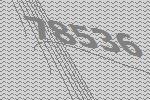
78536